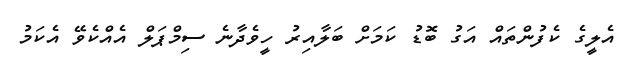
އެލީގެ ކެފުންތައް އަގު ބޮޑު ކަމަށް ބަލާއިރު ހީވެދާނެ ސިމްޕަލް އެއްކެވޭ އެކަމު